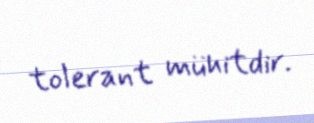
tolerant mühitdir.